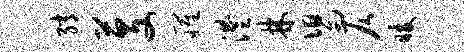
绡芟罹澧林舄仄暖